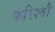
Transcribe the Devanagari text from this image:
फरिश्तौ